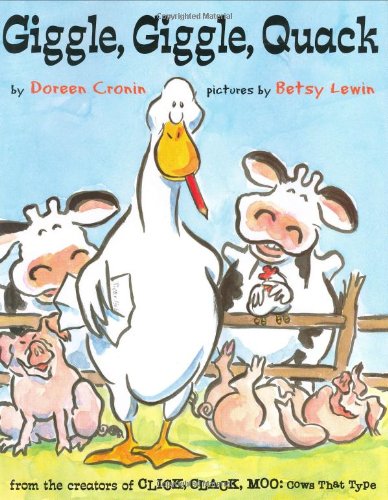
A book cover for Giggle, Giggle, Quack; Doreen Cronin; Children's Books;